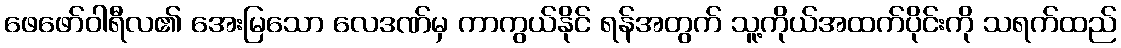
ဖေဖော်ဝါရီလ၏ အေးမြသော လေဒဏ်မှ ကာကွယ်နိုင် ရန်အတွက် သူ့ကိုယ်အထက်ပိုင်းကို သရက်ထည်